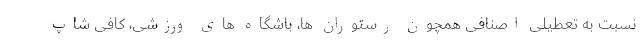
نسبت به تعطیلی اصنافی همچون رستوران ها، باشگاه های ورزشی، کافی شاپ